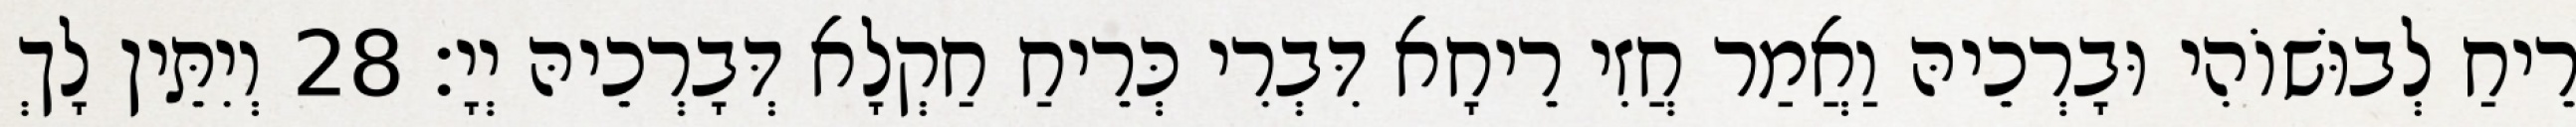
רֵיחַ לְבוּשׁוֹהִי וּבָרְכֵיהּ וַאֲמַר חֲזִי רֵיחָא דִּבְרִי כְּרֵיחַ חַקְלָא דְּבָרְכֵיהּ יְיָ׃ 28 וְיִתֵּין לָךְ